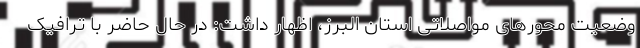
وضعیت محورهای مواصلاتی استان البرز، اظهار داشت: در حال حاضر با ترافیک